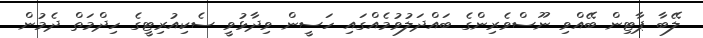
ލޭބާ ޕާޓިން ބޭއްވި ނޫސްވެރިންގެ ބައްދަލުވުމެއްގައި ހަސީން ވިދާޅުވީ ސެކިއުރިޓީގެ ހިދްމަތް ދެމުން